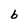
Character: b